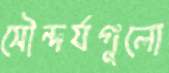
সৌন্দর্যগুলো